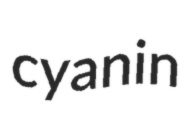
cyanin